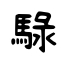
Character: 騄